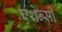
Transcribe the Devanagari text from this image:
एथेन्सी